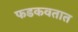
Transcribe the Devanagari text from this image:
फडकवतात